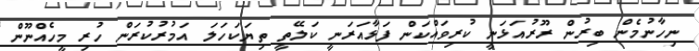
ނިހާނުމެން ބިރުން ރޫރުއަޅަނީ ކުރިވައްކަން ފަޅާއަރަނީ ކަލޭތީ ތިޔަކަހަލަ އަމުރުކުރަން ހުރި މީހެއްނޫން